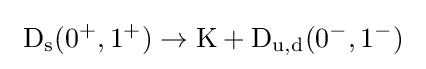
~\mathrm {D_{s}} (0^{+},1^{+})\rightarrow \mathrm {K} +\mathrm {D_{u,d}} (0^{-},1^{-})~